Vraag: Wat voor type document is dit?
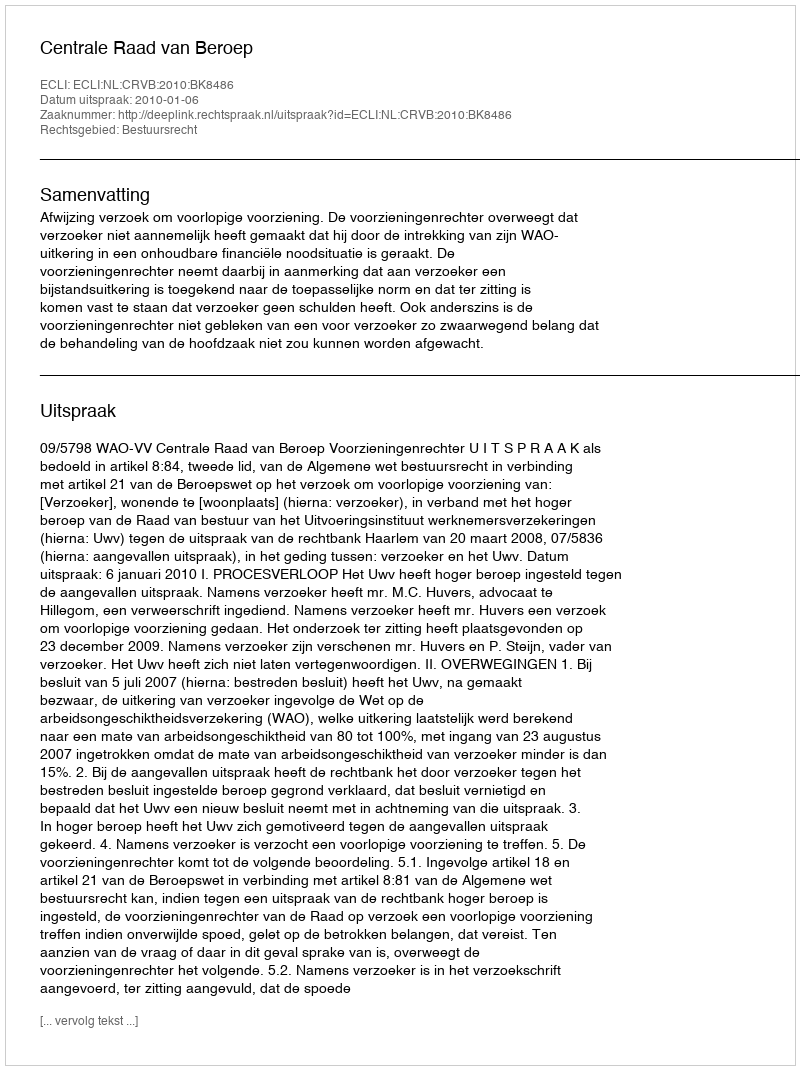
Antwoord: Uitspraak